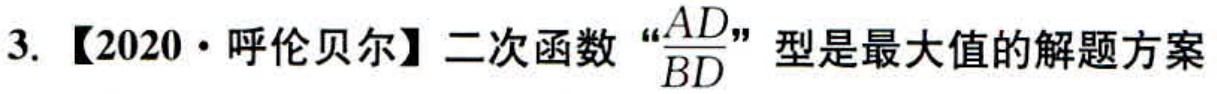
3. 【2020·呼伦贝尔】二次函数“\(\frac{AD}{BD}\)”型是最大值的解题方案